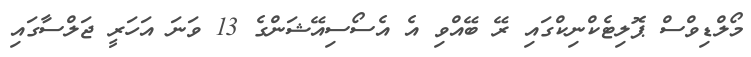
މޯލްޑިވްސް ޕޮލިޓެކްނިކްގައި ރޭ ބޭއްވި އެ އެސޯސިއޭޝަންގެ 13 ވަނަ އަހަރީ ޖަލްސާގައި